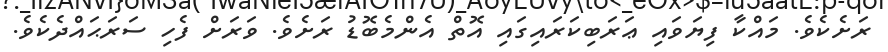
ރަށެކެވެ. މައްކާ ފިޔަވައި ޢަރަބިކަރައިގައި އޮތް އެންމެބޮޑު ރަށެވެ. ވަރަށް ފެހި ސަރަޙައްދެކެވެ.